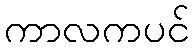
ကာလကပင်